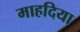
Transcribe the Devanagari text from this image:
माहदिया